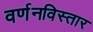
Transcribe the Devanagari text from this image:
वर्णनविस्तार